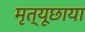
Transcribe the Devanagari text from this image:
मृत्यूछाया